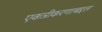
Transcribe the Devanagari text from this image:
एकत्रीकरणाबद्दल